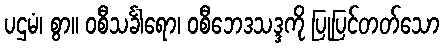
ပဌမံ၊ စွာ။ ဝစီသင်္ခါရော၊ ဝစီဘေဒသဒ္ဒကို ပြုပြင်တတ်သော